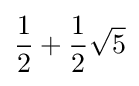
{\frac {1}{2}}+{\frac {1}{2}}{\sqrt {5}}